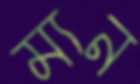
ম্যন